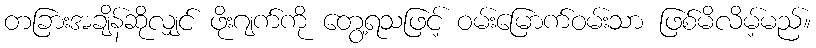
တခြားအချိန်ဆိုလျှင် ဖိုးဂျက်ကို တွေ့ရသဖြင့် ဝမ်းမြောက်ဝမ်းသာ ဖြစ်မိလိမ့်မည်။